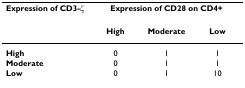
<table><thead><tr><td><b>Expression of CD3-ζ</b></td><td colspan="3"><b>Expression of CD28 on CD4+</b></td></tr><tr><td></td><td><b>High</b></td><td><b>Moderate</b></td><td><b>Low</b></td></tr></thead><tbody><tr><td><b>High</b></td><td>0</td><td>1</td><td>1</td></tr><tr><td><b>Moderate</b></td><td>0</td><td>1</td><td>1</td></tr><tr><td><b>Low</b></td><td>0</td><td>1</td><td>10</td></tr></tbody></table>